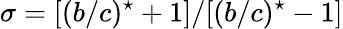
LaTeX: \sigma=[(b/c)^{\star}+1]/[(b/c)^{\star}-1]